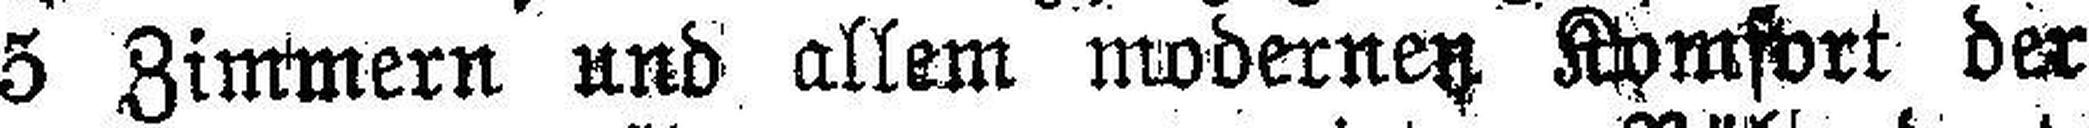
5 Zimmern und allem modernen Komfort der